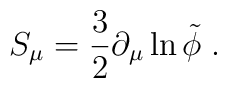
S_{\mu} = \frac{3}{2} \partial_{\mu}\ln{\tilde \phi}\; .